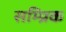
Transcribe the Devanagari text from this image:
सम्प्रिक